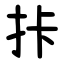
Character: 拤